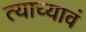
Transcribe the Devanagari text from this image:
त्याच्यावं